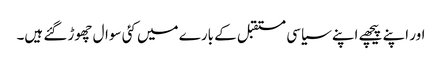
اور اپنے پیچھے اپنے سیاسی مستقبل کے بارے میں کئی سوال چھوڑ گئے ہیں۔